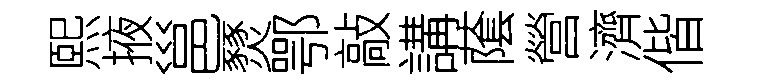
熙掖邕燹鄂敲講䕃營濟偕